Civil Veterinary Department. Madras. Admin. report 1926-33 - 1926-1933
Year: 1926
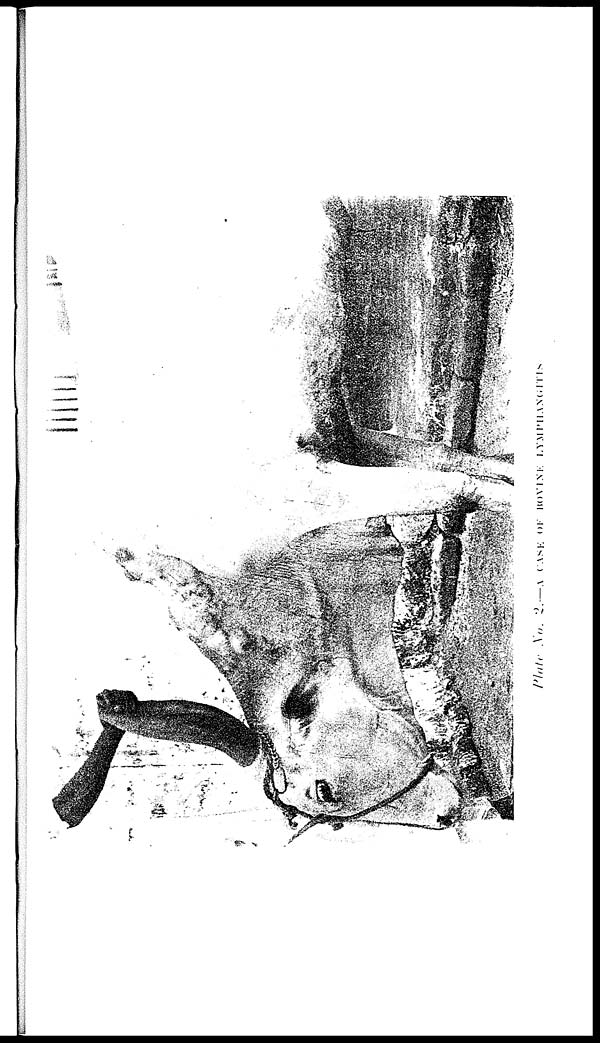
Plate
No.
2.—A
CASE
OF
BOVINE
LYMPHANGITIS